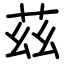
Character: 茲